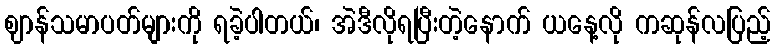
ဈာန်သမာပတ်များကို ရခဲ့ပါတယ်၊ အဲဒီလိုရပြီးတဲ့နောက် ယနေ့လို ကဆုန်လပြည့်